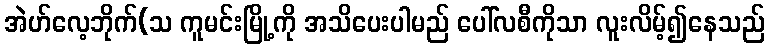
အဲဟ်လေ့ဘိုက်(သ ကူမင်းမြို့ကို အသိပေးပါမည် ပေါ်လစီကိုသာ လူးလိမ့်၍နေသည်